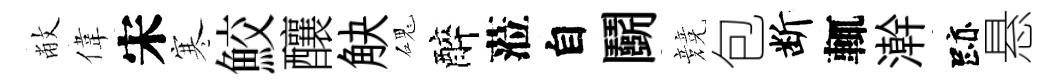
敝偉宋寒鮫釀觖磈醉蒞自鬬競包断輒澣跡悬